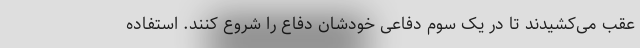
عقب می‌کشیدند تا در یک سوم دفاعی خودشان دفاع را شروع کنند. استفاده